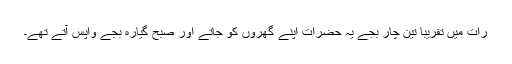
رات میں تقریباً تین چار بجے یہ حضرات اپنے گھروں کو جاتے اور صبح گیارہ بجے واپس آتے تھے۔